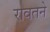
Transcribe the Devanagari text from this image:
रावतने